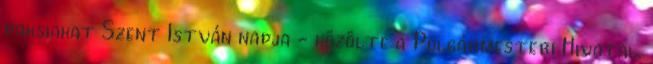
paksiakat Szent István napja - közölte a Polgármesteri Hivatal.